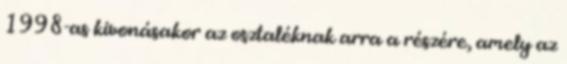
1998-as kivonásakor az osztaléknak arra a részére, amely az